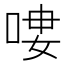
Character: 𠶭